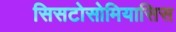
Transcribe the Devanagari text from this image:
सिसटोसोमियासिस